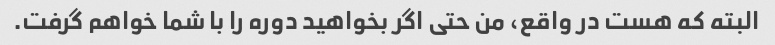
البته که هست در واقع، من حتی اگر بخواهید دوره را با شما خواهم گرفت.